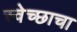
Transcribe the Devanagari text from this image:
स्वेच्छाचा